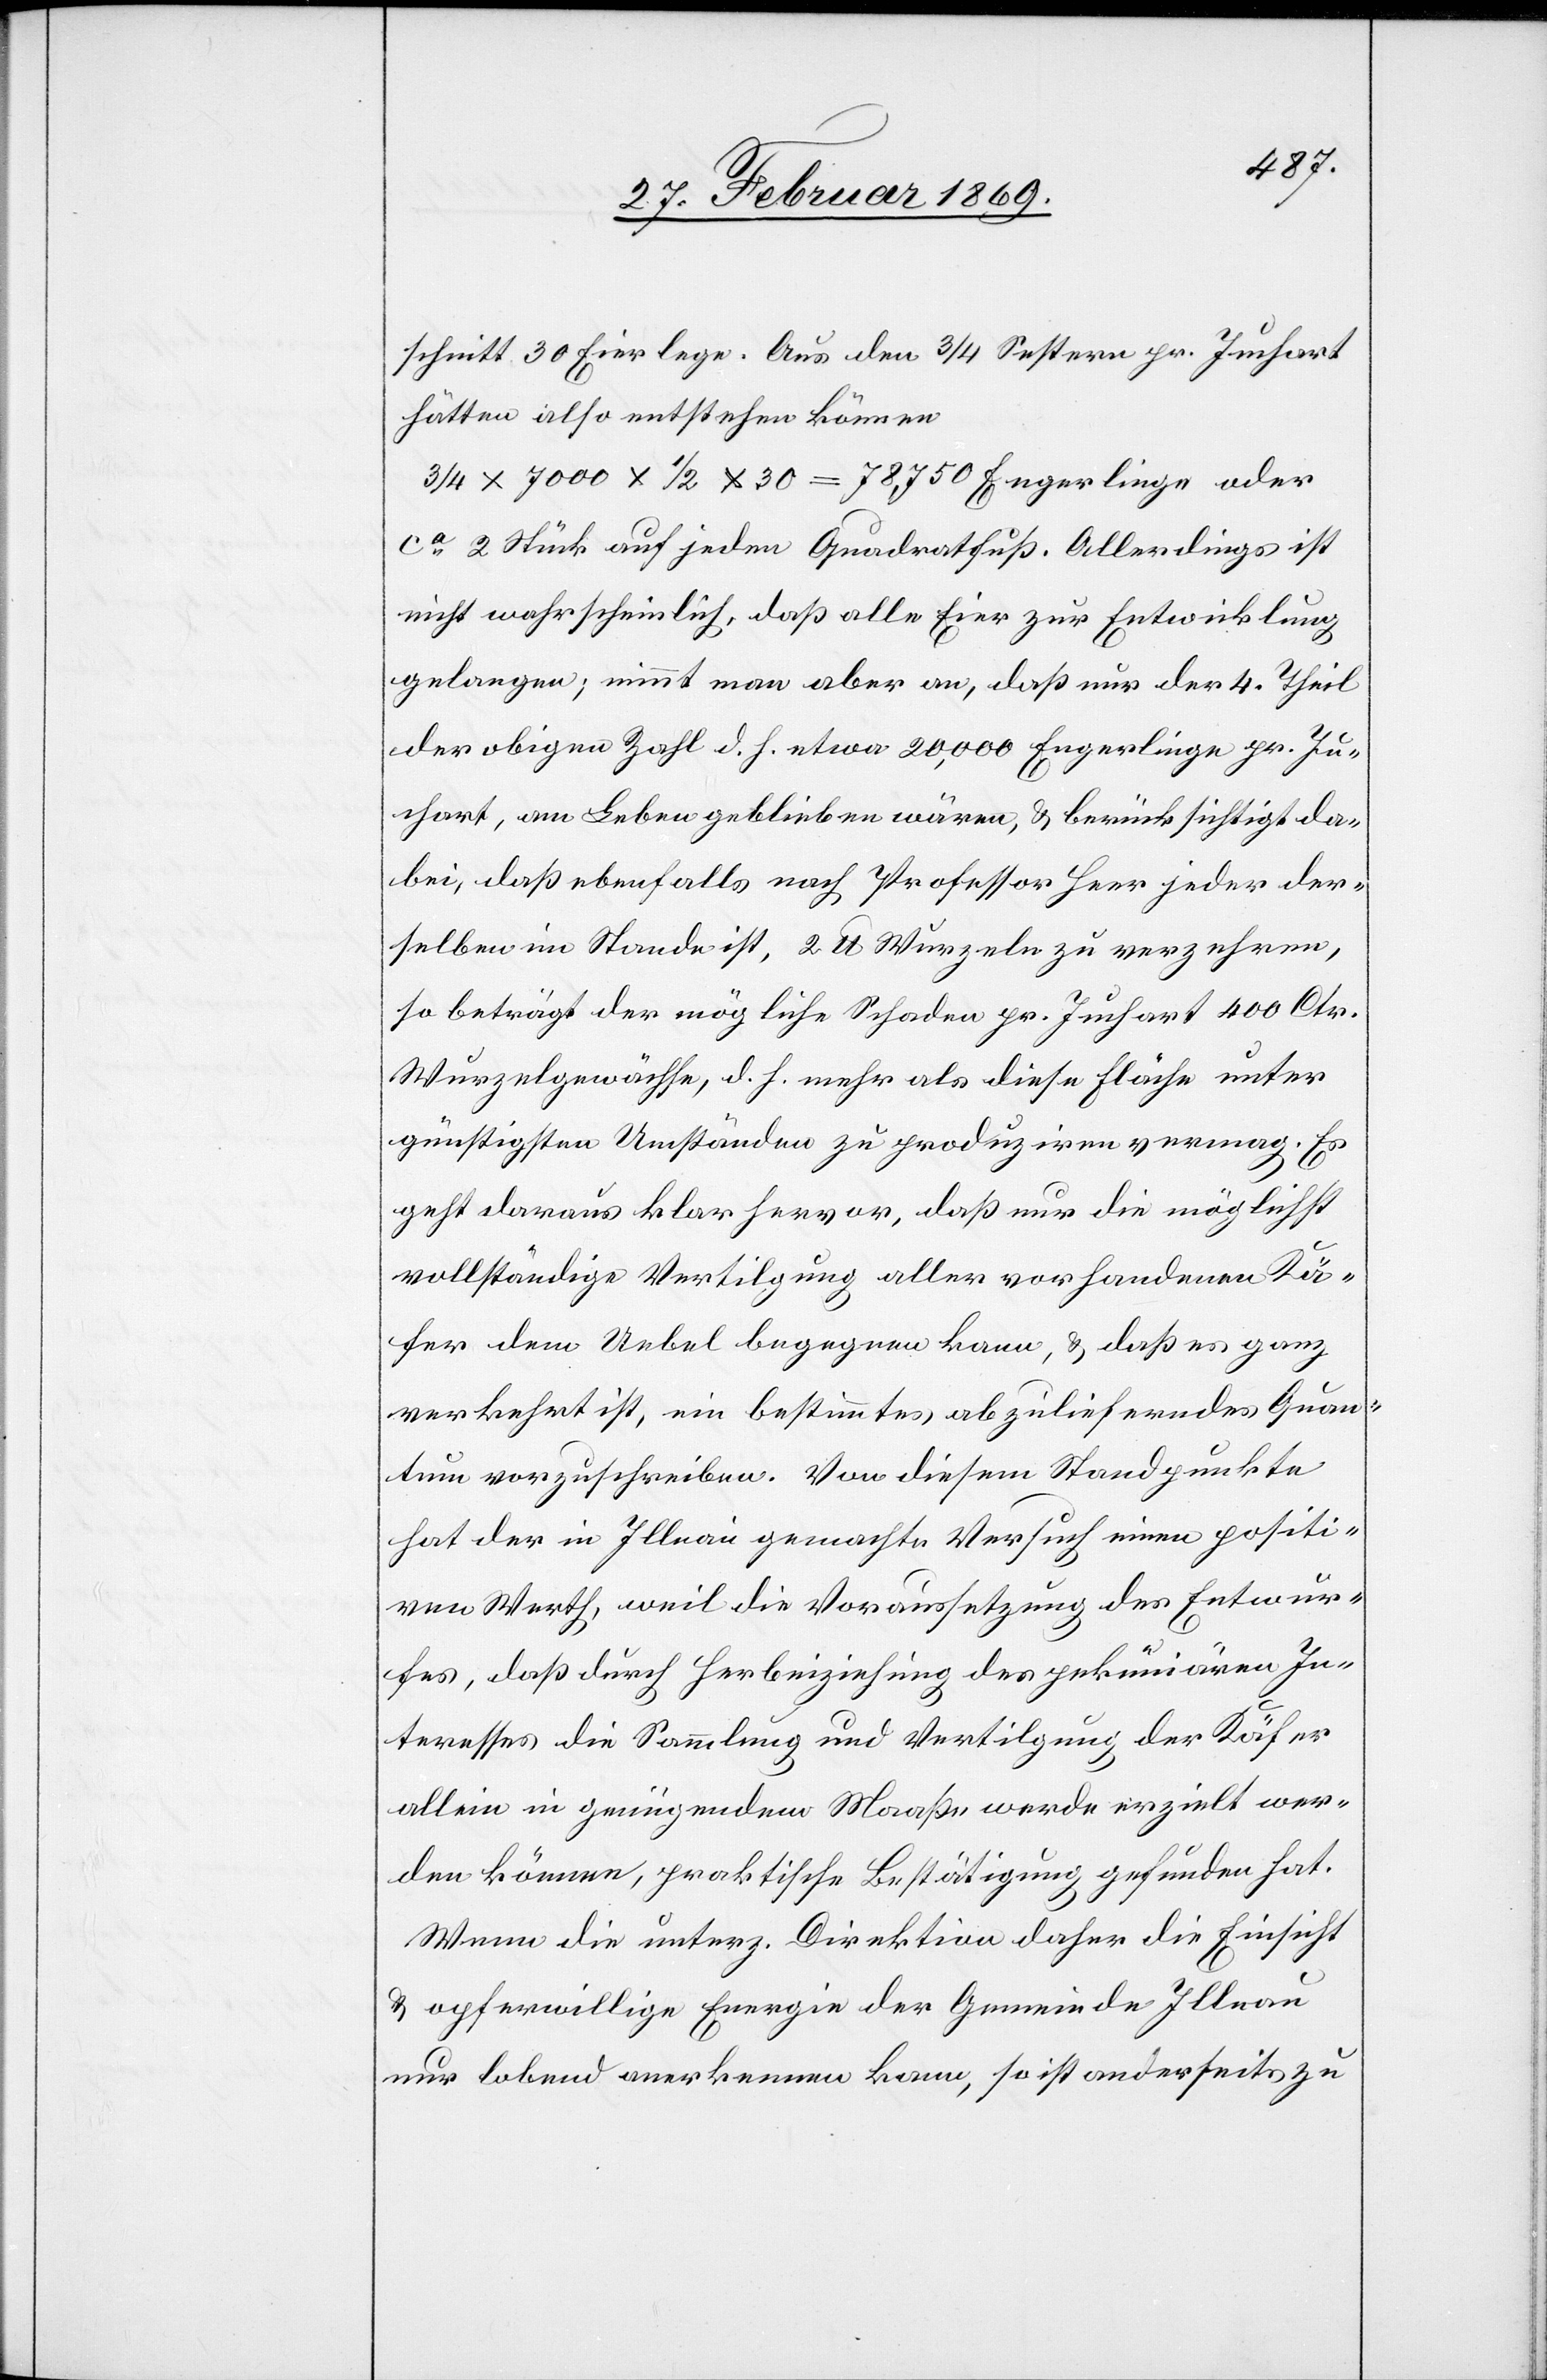
schnitt 30 Eier lege. Aus den 3/4 Sestern pr. Juchart
hätten also entstehen können.
3/4 x 7000 x 1/2 x 30 = 78 750 Engerlinge oder
ca 2 Stück auf jedem Quadratfuß. Allerdings ist
nicht wahrscheinlich, daß alle Eier zur Entwicklung
gelangen; nimmt man aber an, daß nur der 4 Theil
der obigen Zahl d. h. etwa 200,000 Engerlinge pr. Ju¬
chart, am Leben geblieben wären, & berücksichtigt da¬
bei, daß ebenfalls nach Professor Heer jeder der¬
selben im Stande ist, 2 lb Wurzeln zu verzehren,
so beträgt der mögliche Schaden pr. Juchart 400 Ctr.
Wurzelgewächse, d. h. mehr als diese Fläche unter
günstigsten Umständen zu produziren vermag. Es
geht daraus klar hervor, daß nur die möglichst
vollständige Vertilgung aller vorhandenen Kä¬
fer dem Uebel begegnen kann, & daß es ganz
verkehrt ist, ein bestimmtes, abzulieferndes Quan¬
tum vorzuschreiben. Von diesem Standpunkte
hat der in Illnau gemachte Versuch einen positi¬
ven Werth, weil die Voraussetzung des Entwur¬
fes, daß durch Herbeiziehung des pekuniären In¬
teresses die Sammlung und Vertilgung der Käfer
allein in genügendem Maaße werde erzielt wer¬
den können, praktische Bestätigung gefunden hat.
Wenn die unterz. Direktion daher die Einsicht
& opferwillige Energie der Gemeinde Illnau
nur lobend anerkennen kann, so ist anderseits zu